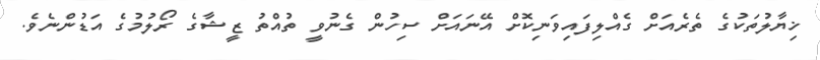
ޚިޔާލުތަކުގެ ތެރެއަށް ގެއްލިފައިވަނިކޮށް އޭނައަށް ސިހުން ގެނުވީ ތުއްތު ޒީޝާގެ ރޯލުމުގެ އަޑުންނެވެ.